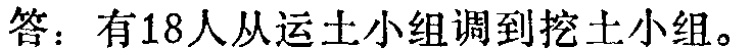
答：有18人从运土小组调到挖土小组。